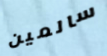
سالمين